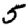
Digit: 5